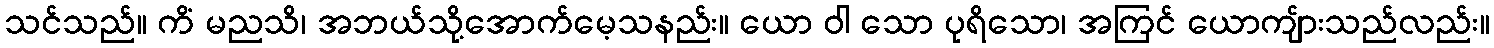
သင်သည်။ ကိံ မညသိ၊ အဘယ်သို့အောက်မေ့သနည်း။ ယော ဝါ သော ပုရိသော၊ အကြင် ယောကျ်ားသည်လည်း။